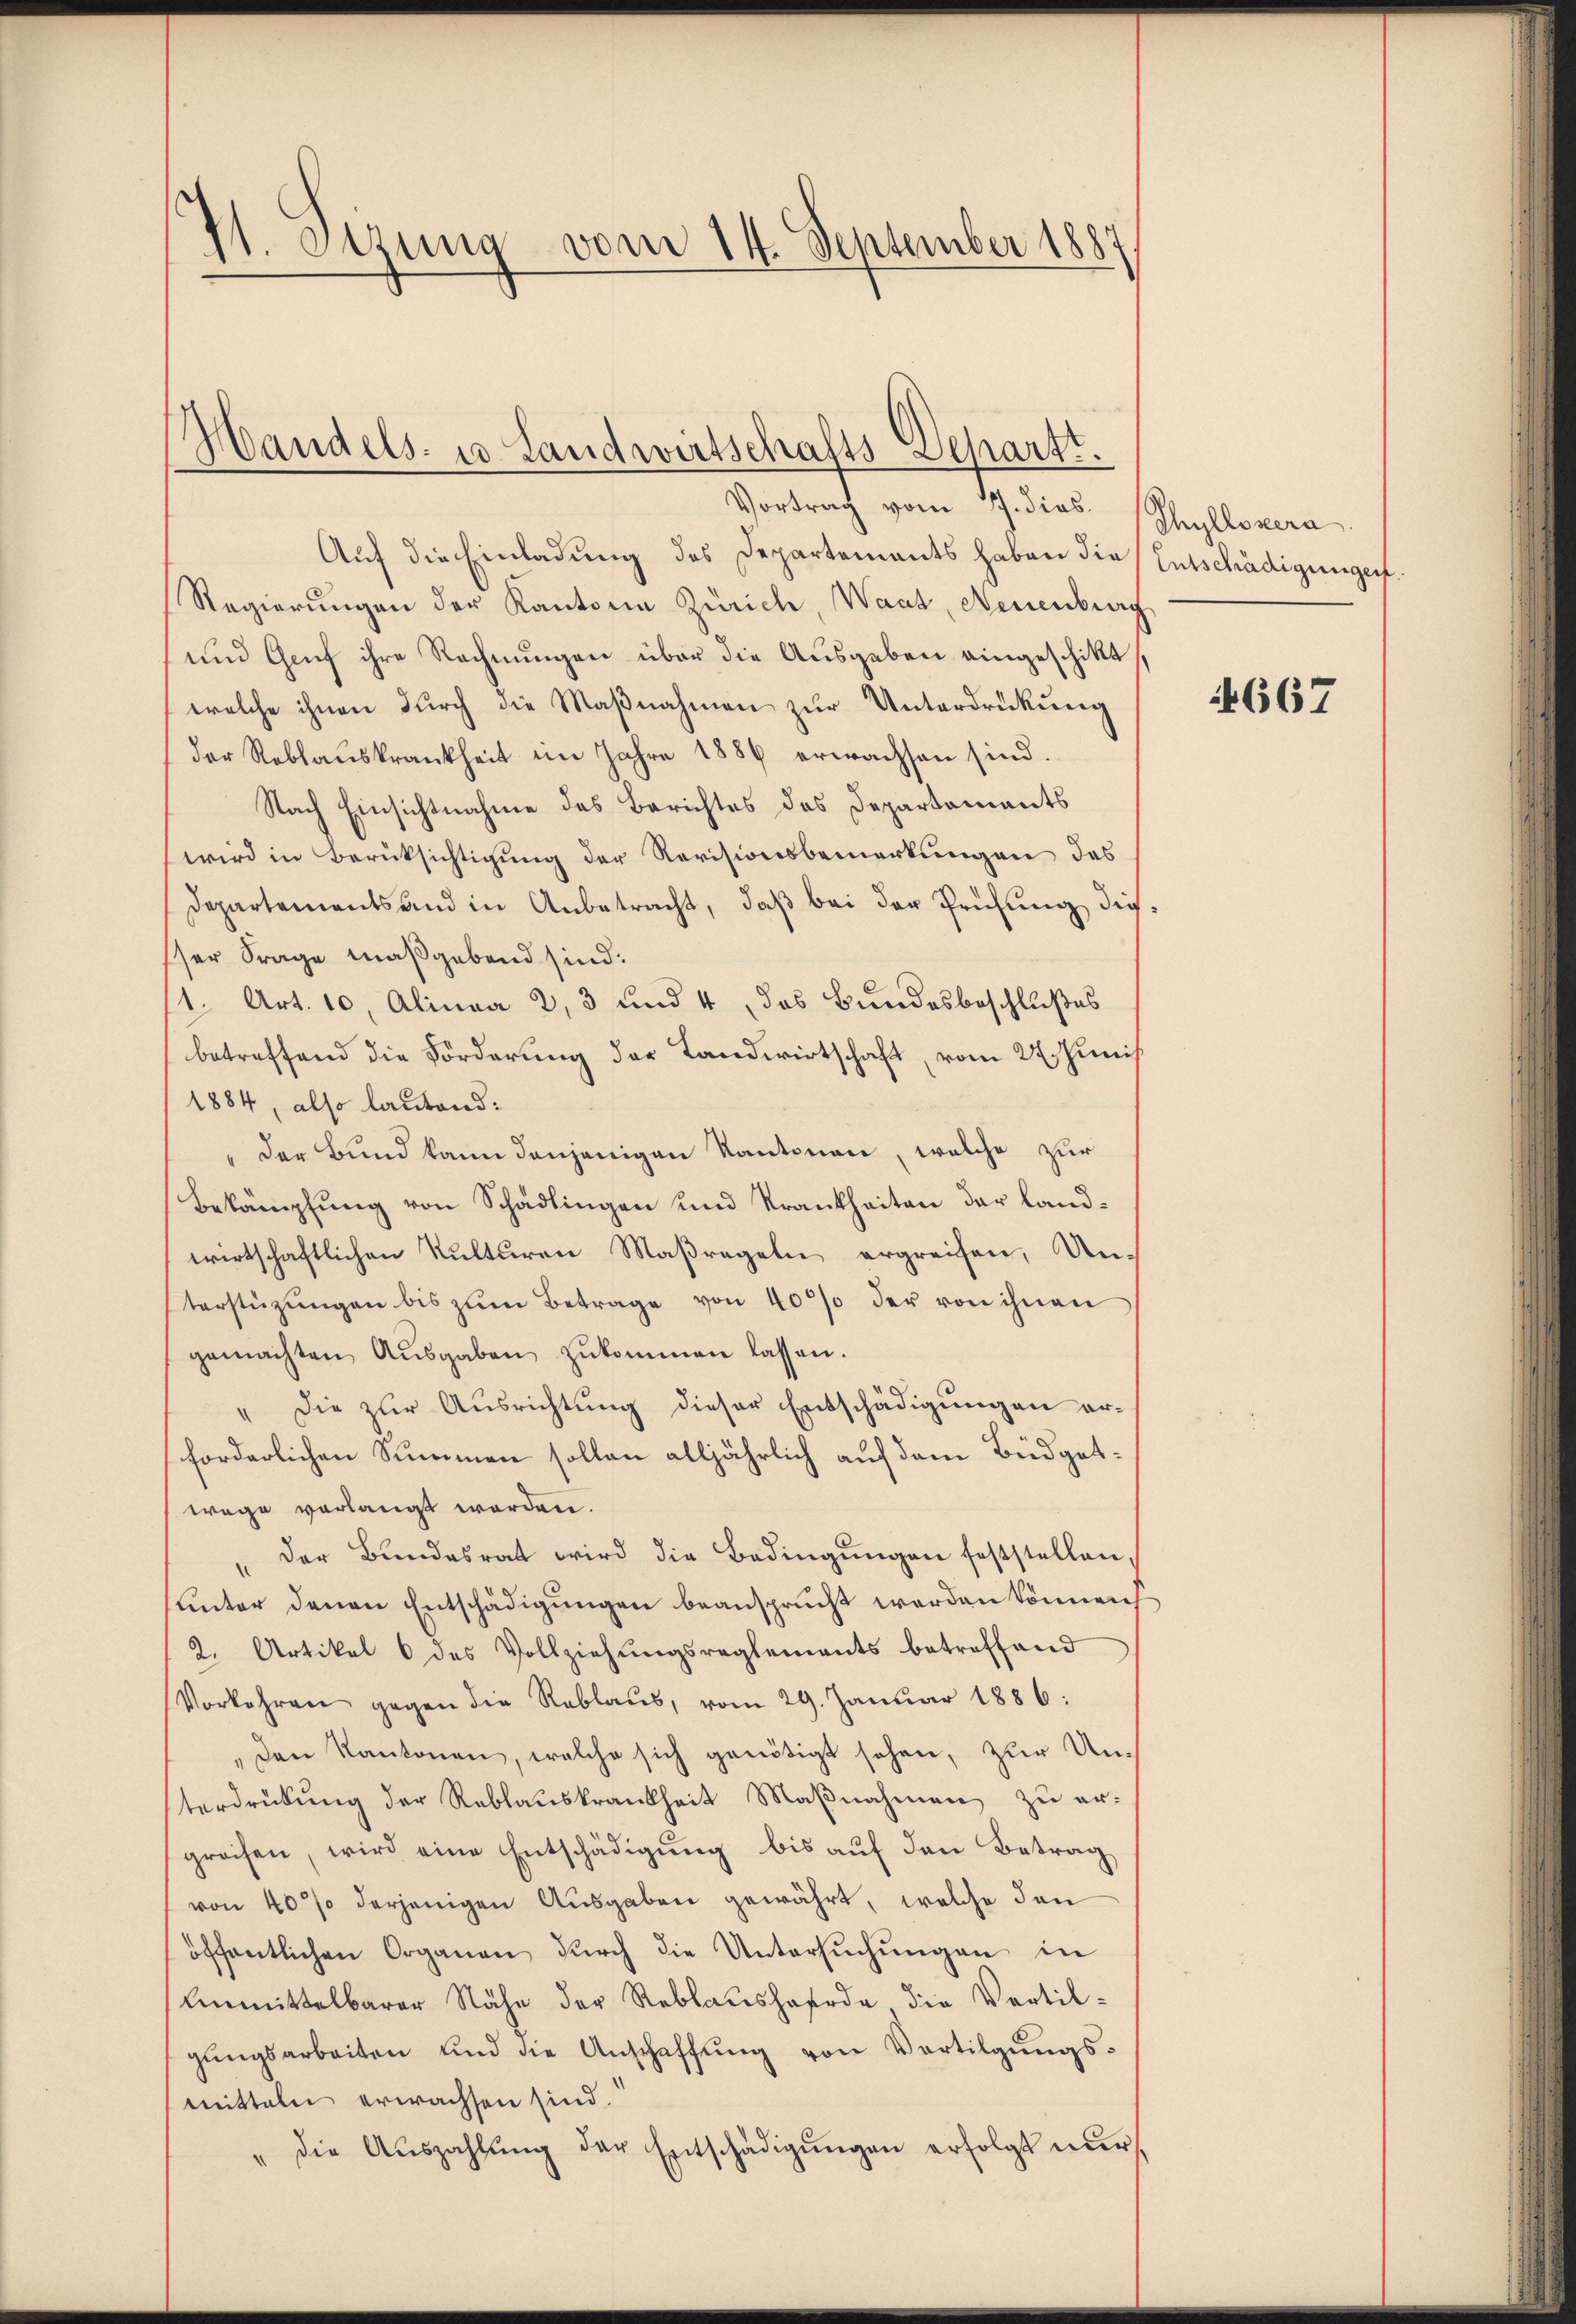
71. Dezung vom 14. September 1887

Vortrag vom 7. dies. (Thyllovera
Auf die Einladung des Departements haben die Entschädigungen.
Regierungen der Kantone Zürich, Waat, Neuenburg
und Graf ihre Rechnungen über die Ausgaben eingeschikt,
welche ihnen durch die Maßnahmen zur Unterdrückung
der Reblaŭskrankheit im Jahre 1886 erwachsen sind.
Nach Einsichtnahme des Berichtes des Departements
wird in Berüksichtigung der Revisionsbemerkungen des
Departements und in Anbetracht, daß bei der Prüfung dieser Frage maßgebend sind:
1. Art. 10, Alinea 2, 3 und 4, das Bundesbeschlußes
betreffend die Förderung der Landwirtschaft, vom 22. Juni
1884, also lautend:
"der Bund kann denjenigen Kantonen, welche zur
Bekämpfung von Schädlingen und Krankheiten der Landwirtschaftlichen Kulturen Maßregeln ergreifen. Un-
terstüzungen bis zum Betrage von 40% der von ihnen
gemachten Aŭsgaben zŭkommen lassen.
" Die zur Ausrichtung dieser Entschädigungen erforderlichen Summen sollen alljährlich auf dem Büdgetwage verlangt worden.
der Bŭndesrat wird die Bedingŭngen feststellen,
unter denen Entschädigungen beansprucht werden können
2. Artikel 6 des Vollziehŭngsreglements betreffend
Vorkehren gegen die Reblaŭs, vom 29. Janŭar 1886:
Den Kantonen, welche sich genötigt sehen, zur Unterdrückŭng der Reblaŭskrankheit Maβnahmen zŭ er-
greifen, wird eine Entschädigung bis auf den Betrag
von 40% derjenigen Ausgaben gewährt, welche den
öffentlichen Organen dŭrch die Untersŭchŭngen in
Unmittelbarer Nähe der Reblausharde die Vertilgungsarbeiten und die Anschaffung von Vertilgungsmitteln erwachsen sind.
" die Aŭszahlŭng der Entschädigŭngen erfolgt nur

Handels- 10 Landwirtschafts Depart.

667